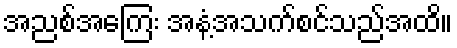
အညစ်အကြေး အနံ့အသက်စင်သည်အထိ။